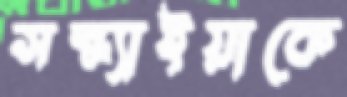
সন্ধ্যাইয়াকে